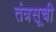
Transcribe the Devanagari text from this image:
तंत्रसूची